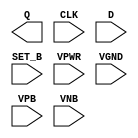
module sky130_fd_sc_ls__dfstp (
    Q    ,
    CLK  ,
    D    ,
    SET_B,
    VPWR ,
    VGND ,
    VPB  ,
    VNB
);

    output Q    ;
    input  CLK  ;
    input  D    ;
    input  SET_B;
    input  VPWR ;
    input  VGND ;
    input  VPB  ;
    input  VNB  ;
endmodule